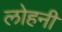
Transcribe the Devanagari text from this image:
लोहनी